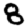
Digit: 8